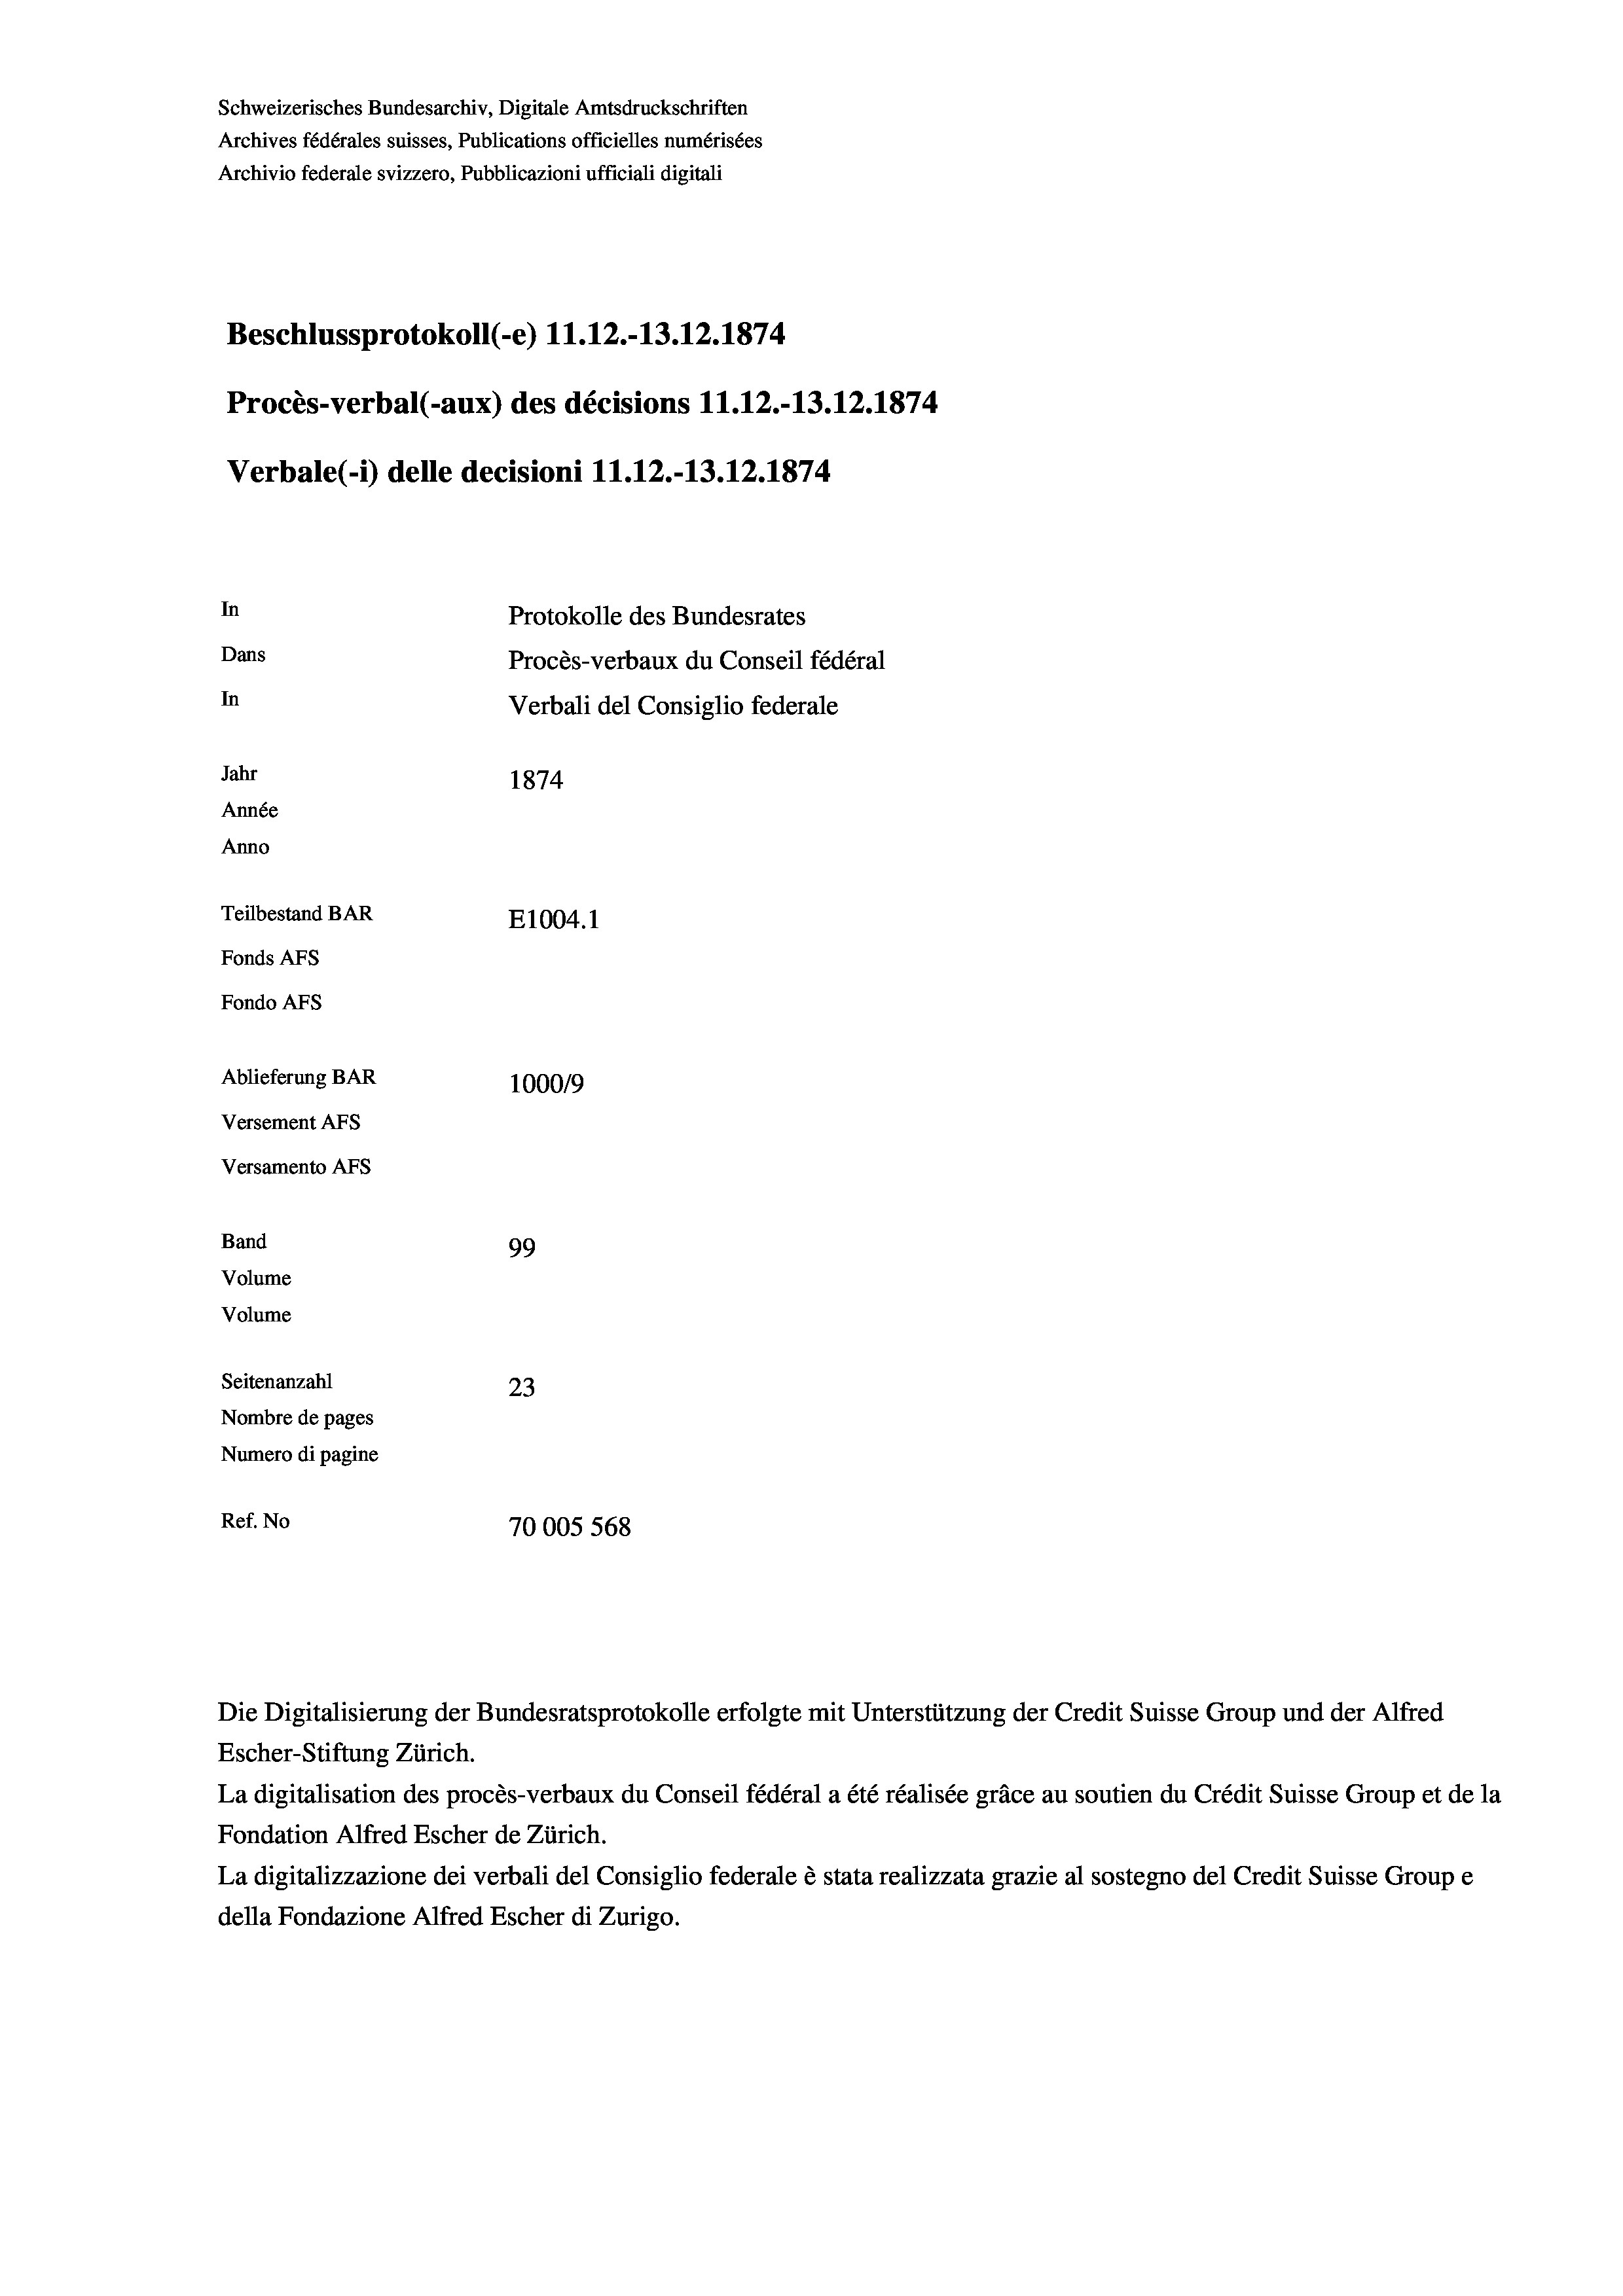
Schweizerisches Bundesarchiv, Digitale Amtsdruckschriften
Archives fédérales suisses, Publications officielles numérisées
Archivio federale svizzero, Pubblicazioni ufficiali digitali
Beschlussprotokoll (-e) 11.12.-13.12.1874
Procès-verbal (-aux) des décisions 11.12.-13.12.1874
Verbale (i) delle decisioni 11.12.-13.12.1874
In
Protokolle des Bundesrates
Dans
Procès-verbaux du Conseil fédéral
In
Verbali del Consiglio federale
Jahr
1874
Année
Anno
Teilbestand BAR
E1004.1
Fonds AFs
Fondo AFs
Ablieferung BAR
100019
Versement AFs
Versamento AFS
Band
99
Volume
Volume
Seitenanzahl
23
Nombre de pages
Numero di pagine
Ref. No
70005 568

Die Digitalisierung der Bundesratsprotokolle erfolgte mit Unterstützung der Credit Suisse Group und der Alfred
Escher-Stiftung Zürich.
La digitalisation des procès-verbaux du Conseil fédéral a été réalisée gräce au soutien du Crédit Suisse Group et de la
Fondation Alfred Escher de Zürich.
La digitalizzazione dei verbali del Consiglio federale è stata realizzata grazie al sostegno del Credit Suisse Groupe
della Fondazione Alfred Escher di Zurigo.